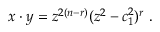
x \cdot y = z ^ { 2 ( n - r ) } ( z ^ { 2 } - c _ { 1 } ^ { 2 } ) ^ { r } ~ .